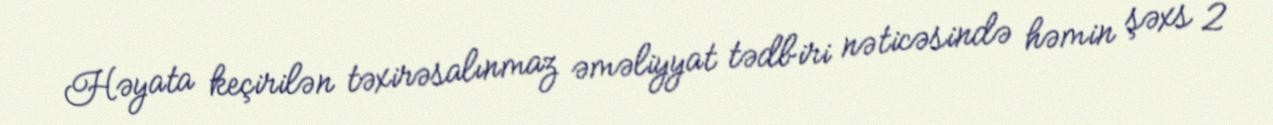
Həyata keçirilən təxirəsalınmaz əməliyyat tədbiri nəticəsində həmin şəxs 2